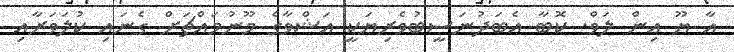
އާ ޔޫ އިން ލަވް. ކޮބާ އެބަދުނަސީބުވެރިޔަކީ އަޝްވާގެ މޫނުމައްޗަށް ގެނައި ކުލަވަރާއި